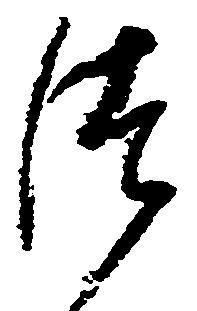
つ